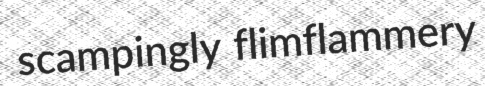
scampingly flimflammery